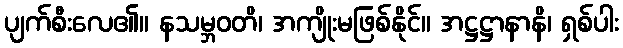
ပျက်စီးလေ၏။ နသမ္ဘဝတိ၊ အကျိုးမဖြစ်နိုင်။ အဋ္ဌဋ္ဌာနာနိ၊ ရှစ်ပါး